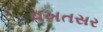
વખતસર